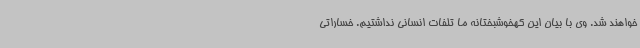
خواهند شد. وی با بیان این کهخوشبختانه ما تلفات انسانی نداشتیم. خساراتی